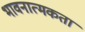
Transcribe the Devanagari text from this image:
भावनात्मकता